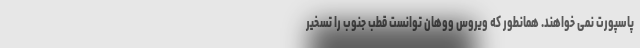
پاسپورت نمی خواهند. همانطور که ویروس ووهان توانست قطب جنوب را تسخیر